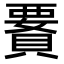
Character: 𧷋